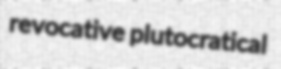
revocative plutocratical